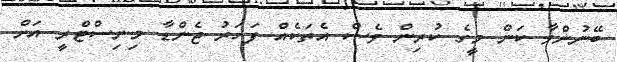
ބޭނުންވާ ކަން މީގެ ކުރިން ވެސް އެތަކެއް ފަހަރު ޖެންޑާ މިނިސްޓްރީ އަށް